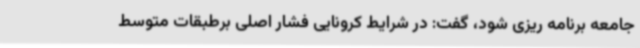
جامعه برنامه ریزی شود، گفت: در شرایط کرونایی فشار اصلی برطبقات متوسط